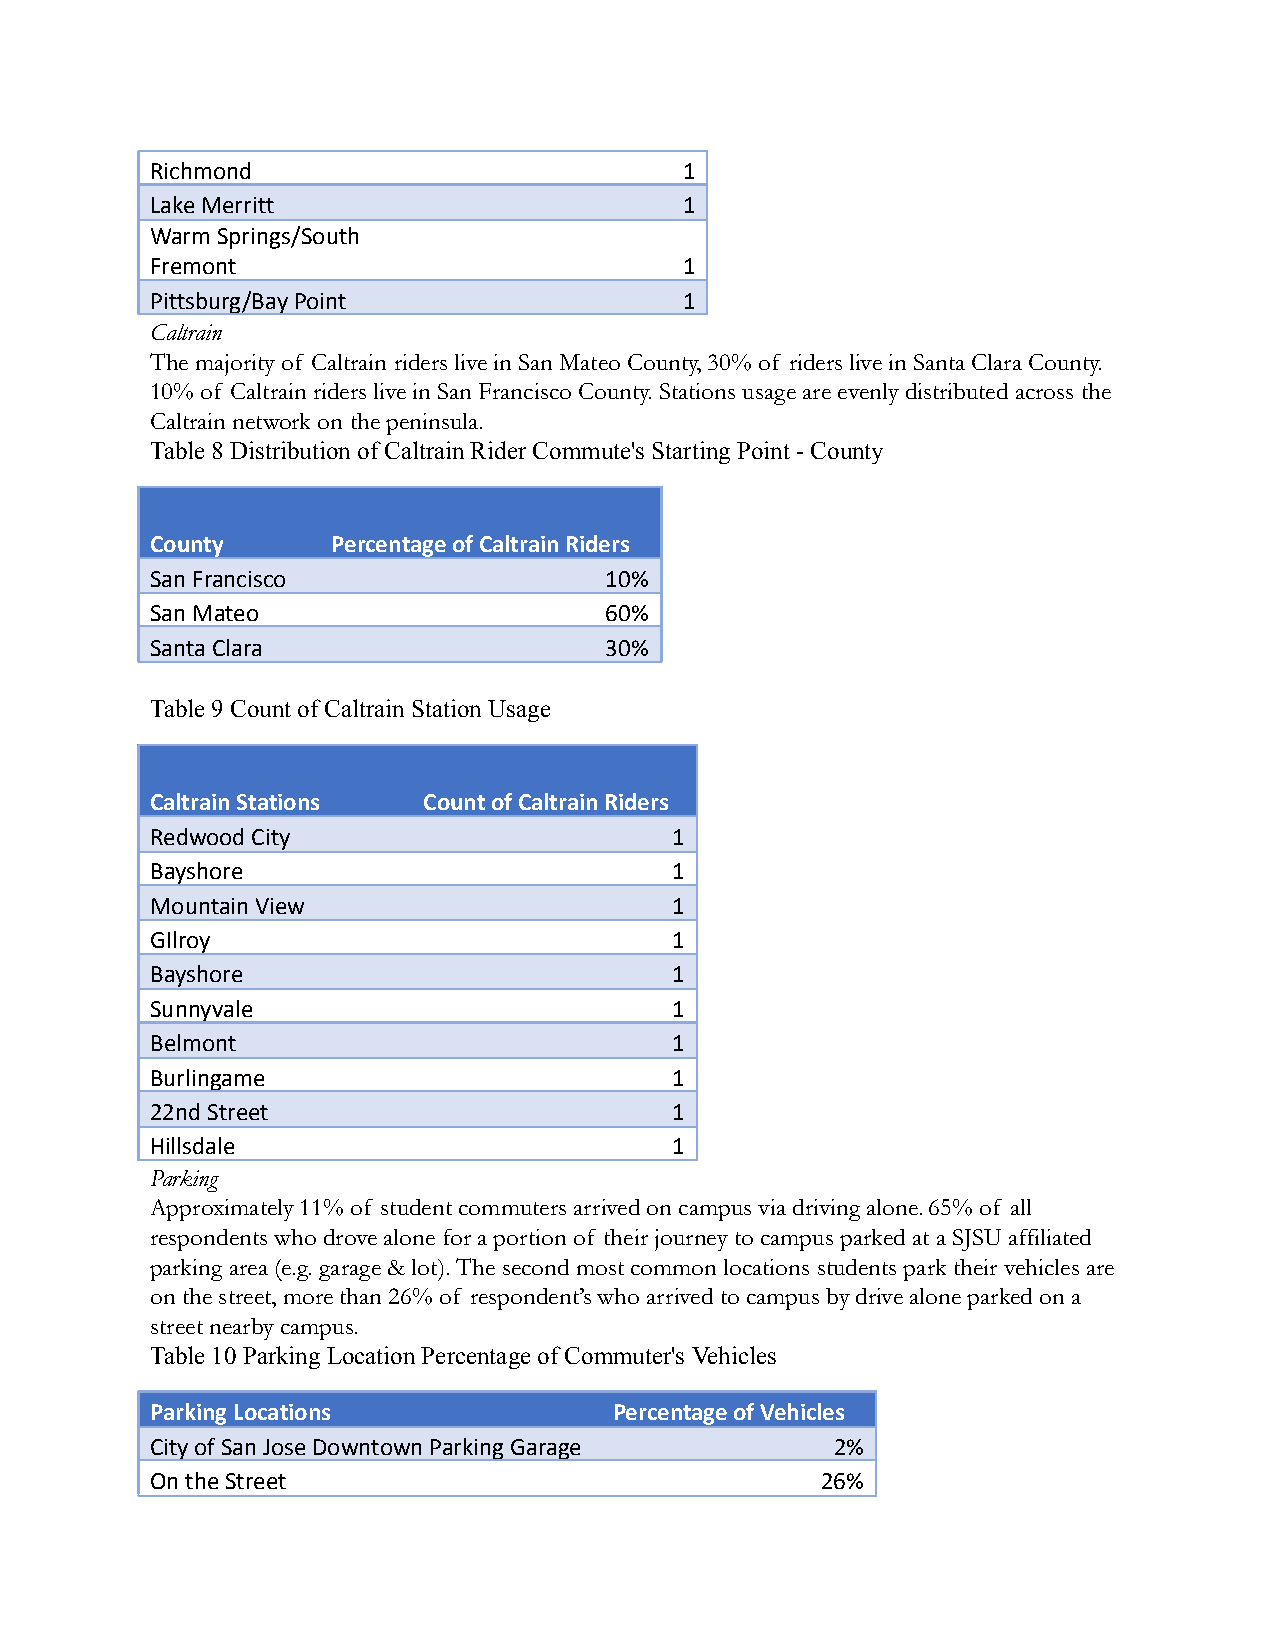
Richmond                           1
 Lake Merritt                       1
 Warm Springs/South
 Fremont                            1
 Pittsburg/Bay Point                1
 Caltrain
 The majority of Caltrain riders live in San Mateo County, 30% of riders live in Santa Clara County.
 10% of Caltrain riders live in San Francisco County. Stations usage are evenly distributed across the
 Caltrain network on the peninsula.
 Table 8 Distribution of Caltrain Rider Commute's Starting Point - County
 County      Percentage of Caltrain Riders
 San Francisco                 10%
 San Mateo                     60%
 Santa Clara                   30%
 Table 9 Count of Caltrain Station Usage
 Caltrain Stations Count of Caltrain Riders
 Redwood City                      1
 Bayshore                          1
 Mountain View                     1
 GIlroy                            1
 Bayshore                          1
 Sunnyvale                         1
 Belmont                           1
 Burlingame                        1
 22nd Street                       1
 Hillsdale                         1
 Parking
 Approximately 11% of student commuters arrived on campus via driving alone. 65% of all
 respondents who drove alone for a portion of their journey to campus parked at a SJSU affiliated
 parking area (e.g. garage & lot). The second most common locations students park their vehicles are
 on the street, more than 26% of respondent’s who arrived to campus by drive alone parked on a
 street nearby campus.
 Table 10 Parking Location Percentage of Commuter's Vehicles
 Parking Locations              Percentage of Vehicles
 City of San Jose Downtown Parking Garage     2%
 On the Street                               26%